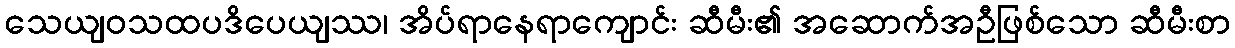
သေယျဝသထပဒိပေယျဿ၊ အိပ်ရာနေရာကျောင်း ဆီမီး၏ အဆောက်အဦဖြစ်သော ဆီမီးစာ